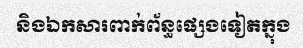
និងឯកសារពាក់ព័ន្ធផ្សេងទៀតក្នុង